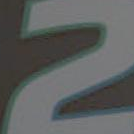
2